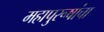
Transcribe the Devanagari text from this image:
महापुरूषांचा